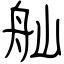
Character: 舢